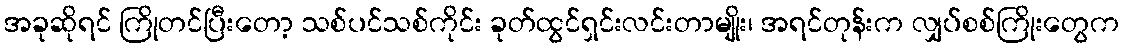
အခုဆိုရင် ကြိုတင်ပြီးတော့ သစ်ပင်သစ်ကိုင်း ခုတ်ထွင်ရှင်းလင်းတာမျိုး၊ အရင်တုန်းက လျှပ်စစ်ကြိုးတွေက